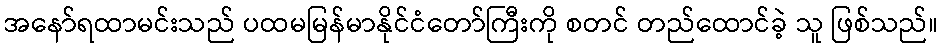
အနော်ရထာမင်းသည် ပထမမြန်မာနိုင်ငံတော်ကြီးကို စတင် တည်ထောင်ခဲ့ သူ ဖြစ်သည်။